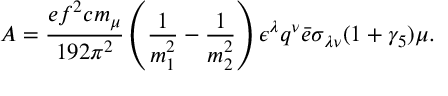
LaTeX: { \cal A } = { \frac { e f ^ { 2 } c m _ { \mu } } { 1 9 2 \pi ^ { 2 } } } \left( { \frac { 1 } { m _ { 1 } ^ { 2 } } } - { \frac { 1 } { m _ { 2 } ^ { 2 } } } \right) \epsilon ^ { \lambda } q ^ { \nu } \bar { e } \sigma _ { \lambda \nu } ( 1 + \gamma _ { 5 } ) \mu .